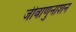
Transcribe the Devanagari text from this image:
जीवाणुनाशन